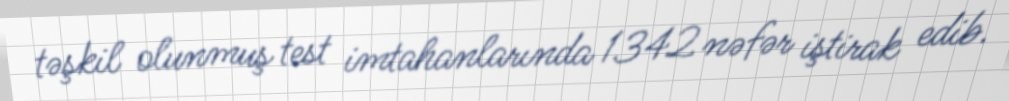
təşkil olunmuş test imtahanlarında 1342 nəfər iştirak edib.